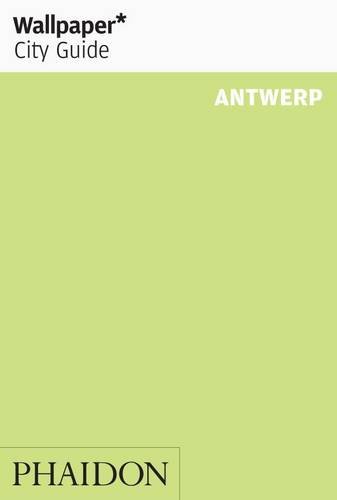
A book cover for Wallpaper* City Guide Antwerp 2013; Travel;